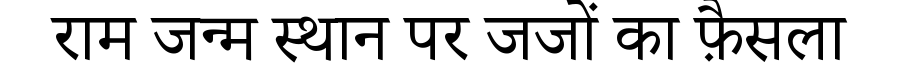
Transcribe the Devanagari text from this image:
राम जन्म स्थान पर जजों का फ़ैसला